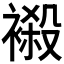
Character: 𧜁